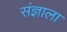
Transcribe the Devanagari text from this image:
संज्ञाला